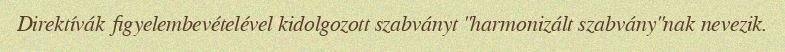
Direktívák figyelembevételével kidolgozott szabványt "harmonizált szabvány"nak nevezik.